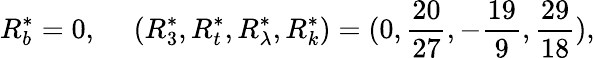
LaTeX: R_{b}^{*}=0,~~~~~(R_{3}^{*},R_{t}^{*},R_{\lambda}^{*},R_{k}^{*})=(0,{\frac{20}{27}},-{\frac{19}{9}},{\frac{29}{18}}),